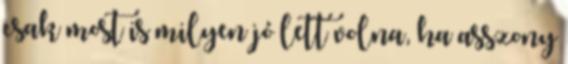
csak most is milyen jó lett volna, ha asszony